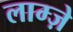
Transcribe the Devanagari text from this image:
लाम्ज़े